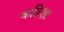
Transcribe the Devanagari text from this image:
कदिशा